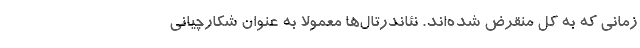
زمانی که به کل منقرض شده‌اند. نئاندرتال‌ها معمولا به عنوان شکارچیانی